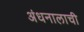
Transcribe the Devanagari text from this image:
अंधनालाची